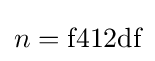
n={\text{f412df}}